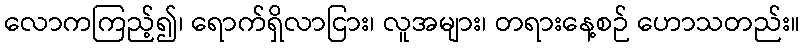
လောကကြည့်၍၊ ရောက်ရှိလာငြား၊ လူအများ၊ တရားနေ့စဉ် ဟောသတည်း။